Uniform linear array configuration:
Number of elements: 64
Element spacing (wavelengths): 0.25
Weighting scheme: hann
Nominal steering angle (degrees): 60
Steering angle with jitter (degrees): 58.47
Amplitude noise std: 0.05
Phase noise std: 0.05

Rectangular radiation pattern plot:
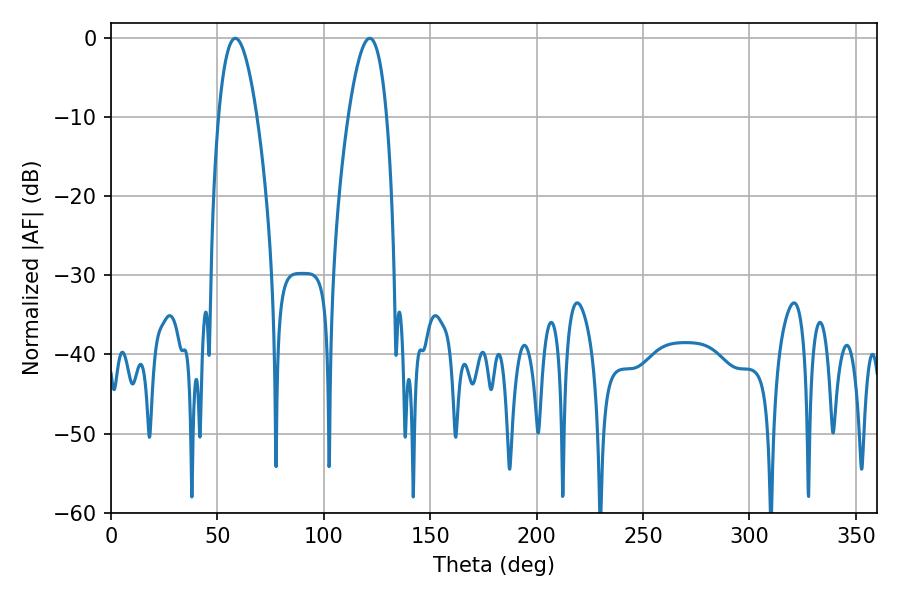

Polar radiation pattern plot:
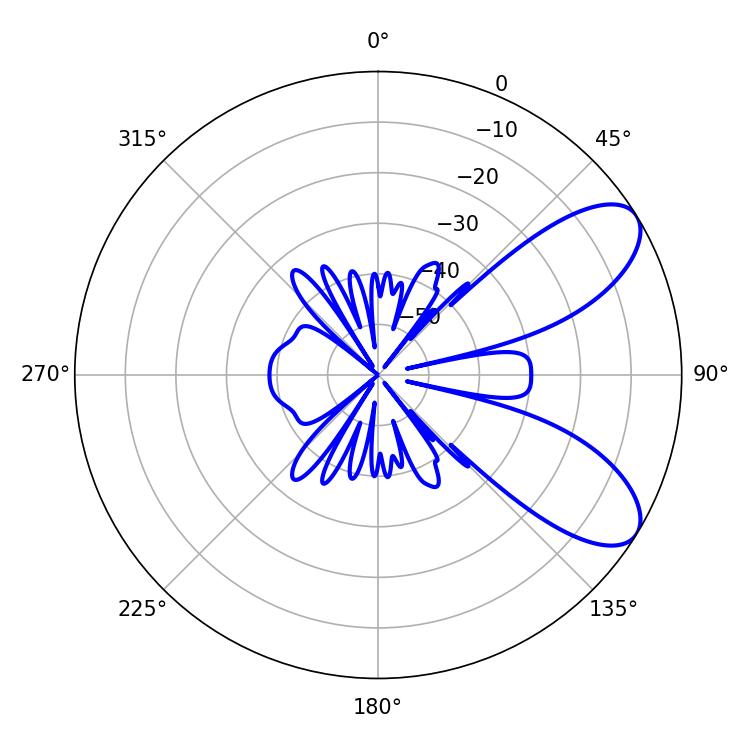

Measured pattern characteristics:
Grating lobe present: FALSE
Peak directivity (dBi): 7.973
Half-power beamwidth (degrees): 9.9
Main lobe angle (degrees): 58.5